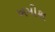
ખમીશ